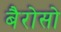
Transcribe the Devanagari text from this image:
बैरोसो